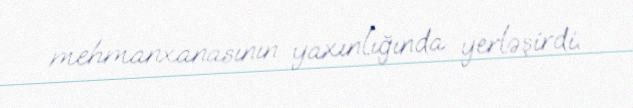
mehmanxanasının yaxınlığında yerləşirdi.